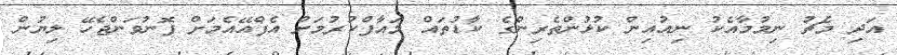
އަދި މެޗު ނިމުމާއެކު ނިއުއިން ކުޅުންތެރިންގެ ކާޑުތައް މައާފްކުރުމަށް އެފްއޭއެމަށް ފޮނުވަންޖެހޭ ލިޔުން